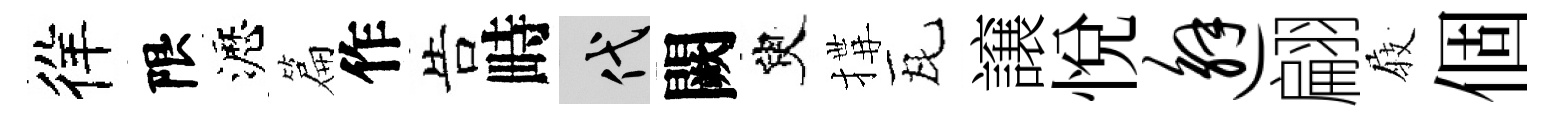
徉限瀝篇作告畤代闕臾搆瓦譲悦邂翩𡲆個